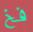
فخ